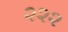
૨૨૨